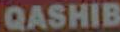
QASHIB